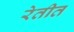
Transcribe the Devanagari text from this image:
रेतीत